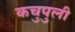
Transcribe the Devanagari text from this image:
कचुपुली